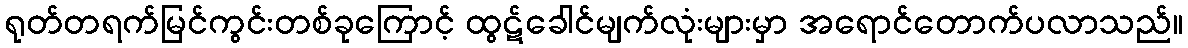
ရုတ်တရက်မြင်ကွင်းတစ်ခုကြောင့် ထွဋ်ခေါင်မျက်လုံးများမှာ အရောင်တောက်ပလာသည်။